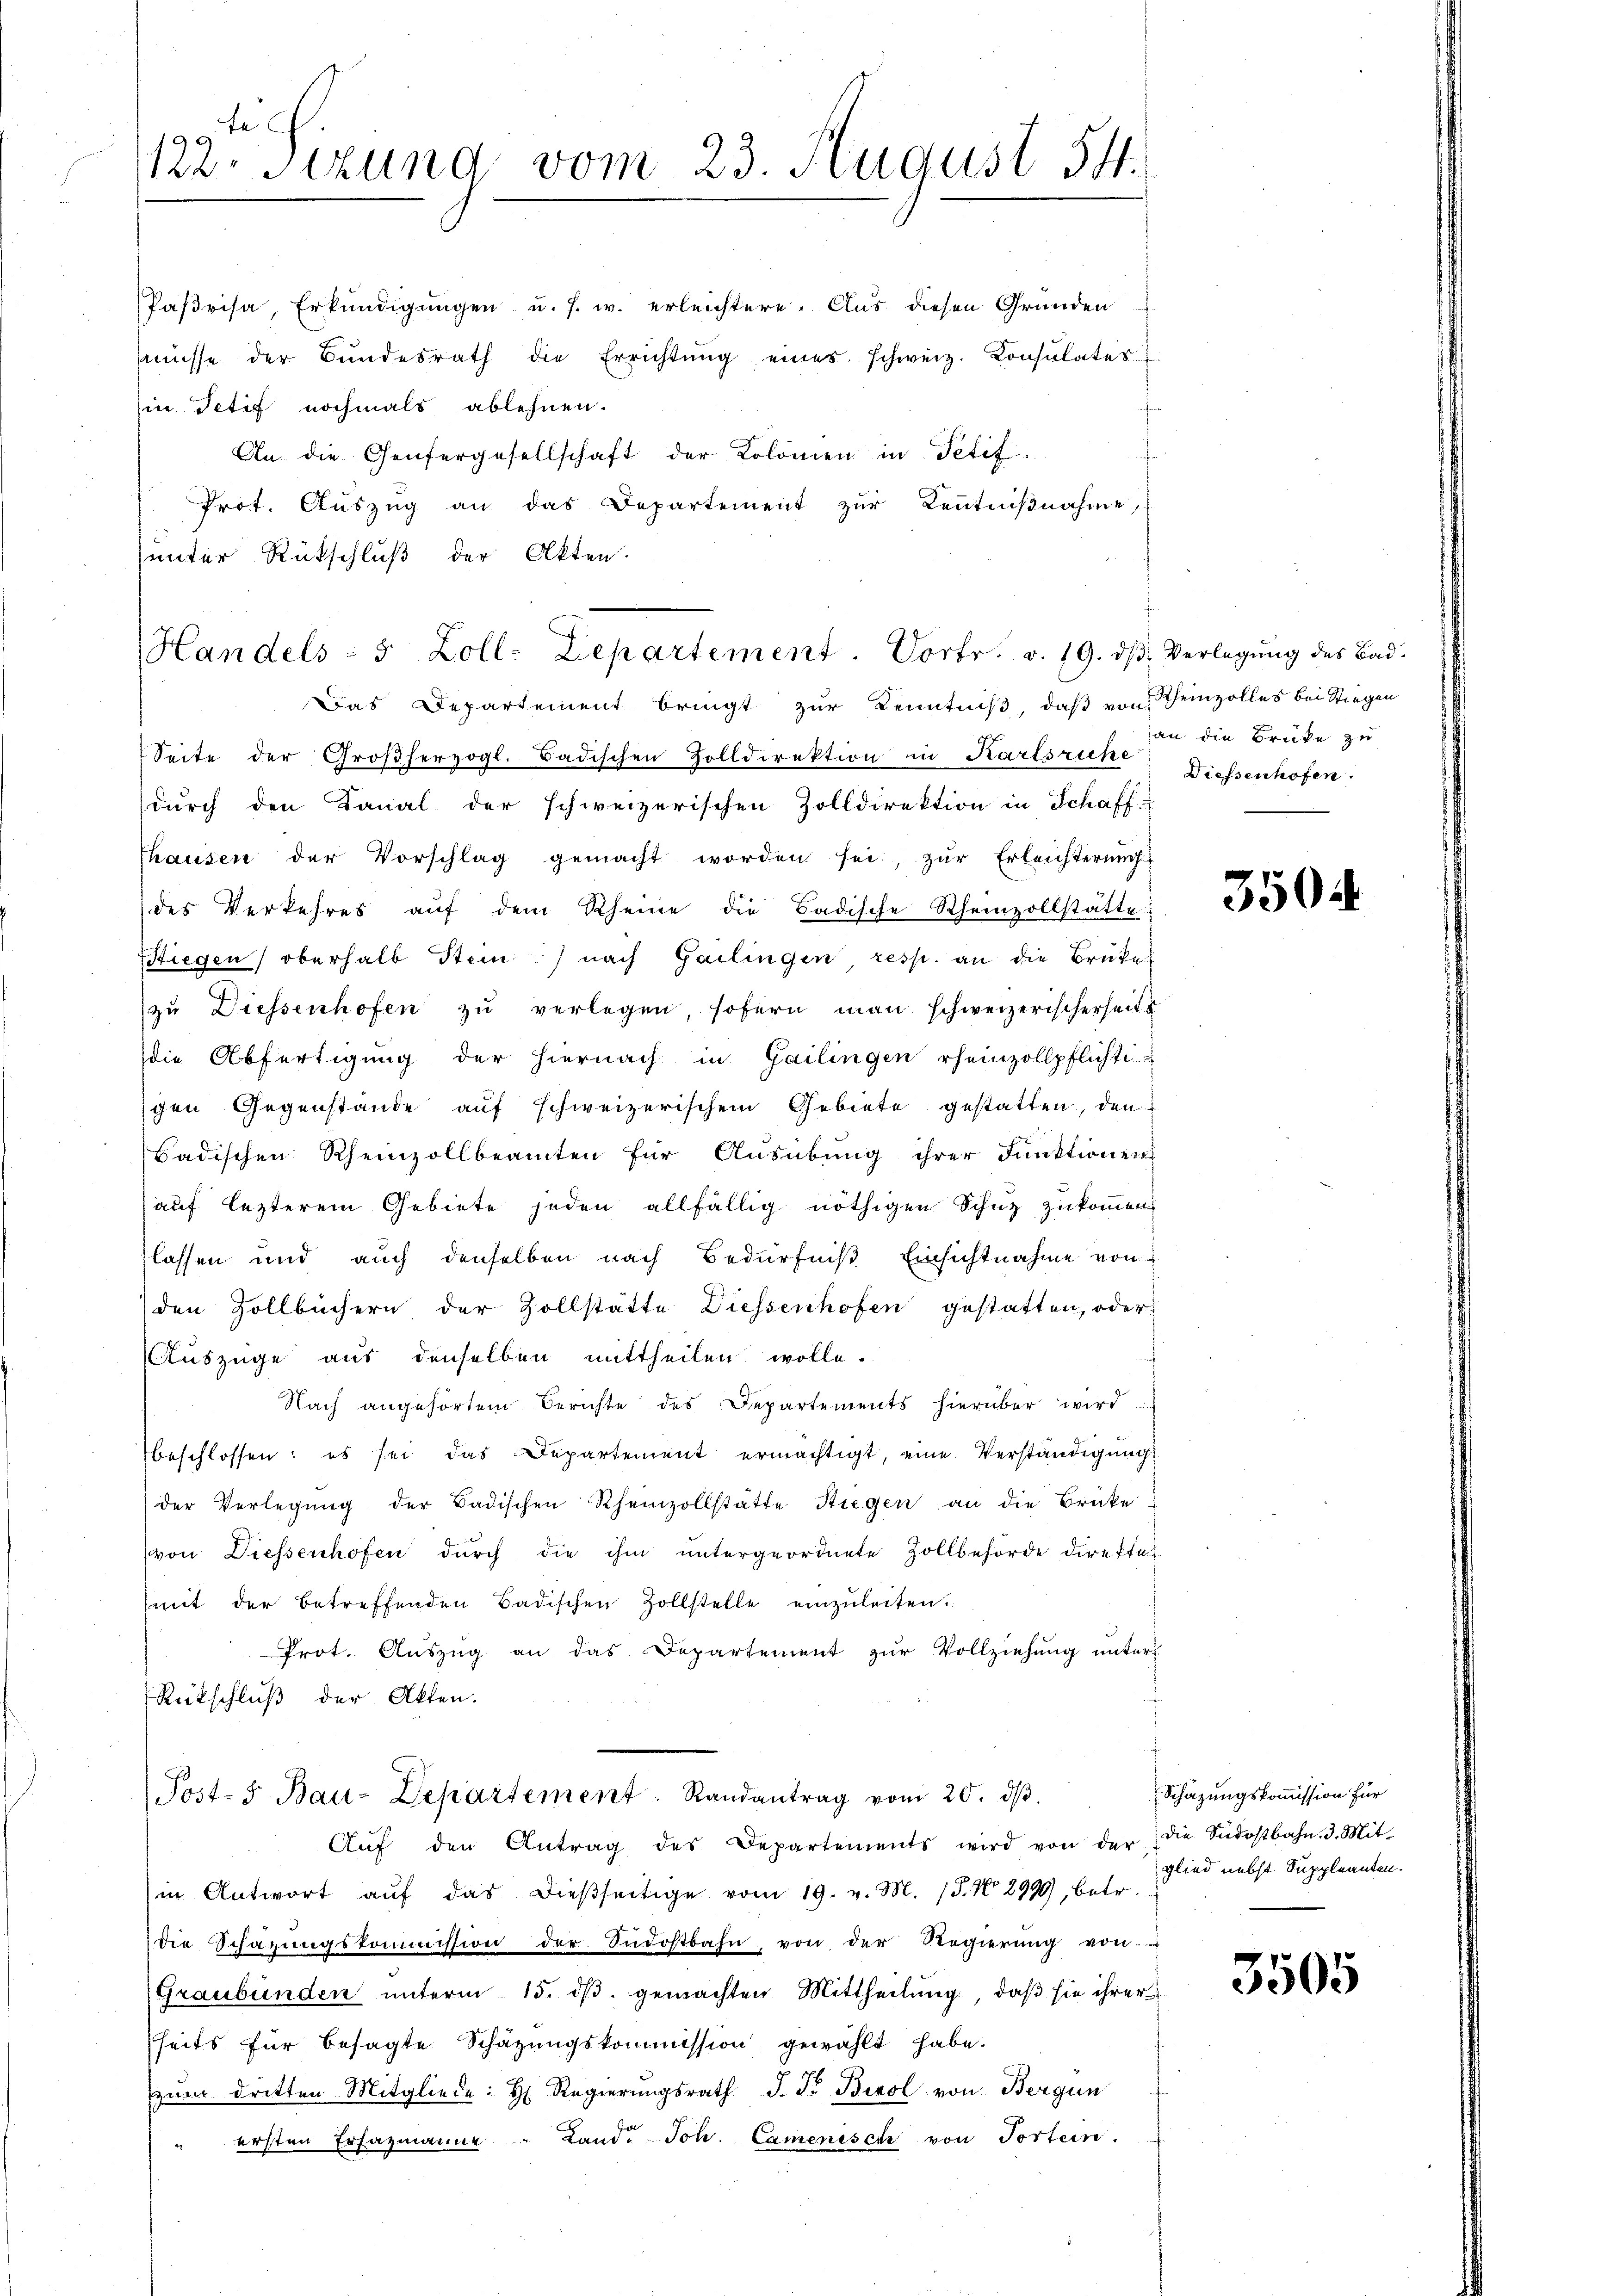
122. Stund vom 23 August 54.

Paβrisa, Erkŭndigŭngen u. s. w. erleichtere. Aus diesen Gründen
nüsse der Bŭndesrath die Errichtŭng eines schweiz. Konsulates
in Petif nochmals ablehnen.
An die Genfergesellschaft der Kolomen in Petif.
Prot. Aŭszŭg an das Departement zŭr Keṅtniβnahme,
unter Rückschluß der Akten.
Das Departement bringt zur Kenntniß, daß von Rheinzolles bei Stiegen
Seite der Großherzogl. Badischen Zolldirektion in Karlsruhe. Diesenhofen
durch den Kanal der schweizerischen Zolldirektion in Schaff-
Thausen der Vorschlag gemacht worden sei, zur Erleichterung
des Verkehres aŭf dem Rheine die Badische Rheinzollstätte
stiegen oberhalb Stein) nach Gailingen, resp. an die Brüke
zu Diessenhofen zu verlegen, sofern man schweizerischerheits
die Abfertigung der hiernach in Gailingen rheinzollpflichti-
schen Gegenstände auf schweizerischem Gebiete gestatten, den
Badischen Rheinzollbeamten für Ausübung ihrer Funktionen
auf lezterem Gebiete jeden allfällig nöthigen Schutz zukommen
flassen und auch denselben nach Bedürfniß Einsichtnahme von
den Zollbüchern der Zollstätte Diessenhofen gestatten, oder
Auszüge aus denselben mittheilen wolle.
Nach angehörten Berichte des Departements hierüber wird:
beschlossen: es sei das Departement ermächtigt, eine Verständigung
der Verlegŭng der Badischen Rheinzollstätte Stiegen an die Brücke
von Diessenhofen dŭrch die ihm untergeordnete Zollbehörde direkte
mit der betreffenden Badischen Zollstelle einzŭleiten.
Prot. Auszug an das Departement zur Vollziehung unter
Rückschluß der Akten.
Post- 5. Bau-Departement Randantrag vom 20. dβ.
Aŭf den Antrag des Departements wird von der
in Antwort aŭf das dießseitige vom 19. v. M. 18. No 2999, betr.
 die Schazungskommission der Südostbahn, von der Regierŭng von
Graubünden ŭnterm 15. dβ. gemachten Mittheilŭng, daβ sie ihrer
fheits für besagte Schätzungskommission gewählt habe.
zŭm dritten Mitgliede: H. Regierŭngsrath J. Fr. Bisol von Bergun
ersten Erfazmanne " Land. Joh. Camenisch von Tortein.

Handels- 5 Zoll-Departement. Vortr. v. 19. dβ. Verlegŭng des Bad-

an die Brüke zu

3504

Schazungskommission für
die Siedostbahn. 3. Mitglied nebst Suppleanten.

3505